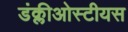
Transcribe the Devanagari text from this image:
डंक्लीओस्टीयस